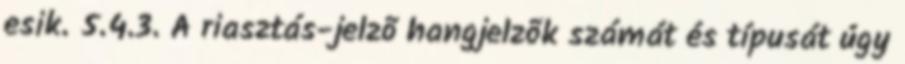
esik. 5.4.3. A riasztás-jelzõ hangjelzõk számát és típusát úgy